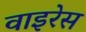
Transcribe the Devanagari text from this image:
वाइरेस